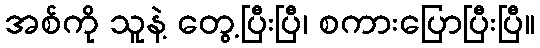
အစ်ကို သူနဲ့ တွေ့ပြီးပြီ၊ စကားပြောပြီးပြီ။